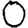
Digit: 0